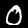
Label: 0